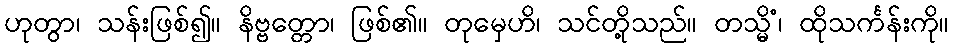
ဟုတွာ၊ သန်းဖြစ်၍။ နိဗ္ဗတ္တော၊ ဖြစ်၏။ တုမှေဟိ၊ သင်တို့သည်။ တသ္မိံ၊ ထိုသင်္ကန်းကို။